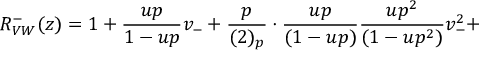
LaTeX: R _ { V W } ^ { - } ( z ) = 1 + \frac { u p } { 1 - u p } v _ { - } + \frac { p } { ( 2 ) _ { p } } \cdot \frac { u p } { ( 1 - u p ) } \frac { u p ^ { 2 } } { ( 1 - u p ^ { 2 } ) } v _ { - } ^ { 2 } +